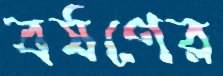
বর্ষণের